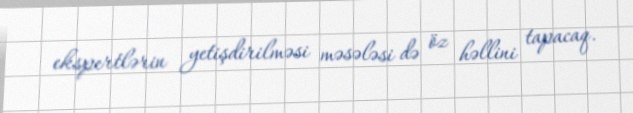
ekspertlərin yetişdirilməsi məsələsi də öz həllini tapacaq.